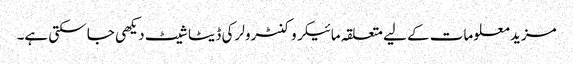
مزید معلومات کے لیے متعلقہ مائیکروکنٹرولر کی ڈیٹا شیٹ دیکھی جا سکتی ہے۔